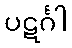
ပဋင်္ဂါ